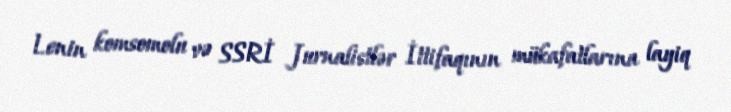
Lenin komsomolu və SSRİ Jurnalistlər İttifaqının mükafatlarına layiq